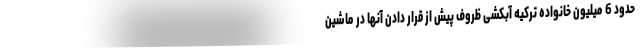
حدود 6 میلیون خانواده ترکیه آبکشی ظروف پیش از قرار دادن آنها در ماشین